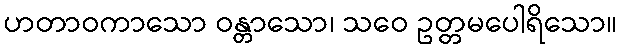
ဟတာဝကာသော ဝန္တာသော၊ သဝေ ဥတ္တမပေါရိသော။